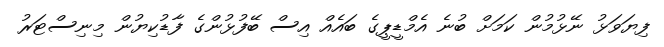
ފިޔަވަޅު ނޭޅުމުން ކަމަށް ބުނެ އެމްޑީޕީގެ ބައެއް އިސް ބޭފުޅުންގެ ފާޑުކިޔުން މިނިސްޓަރު